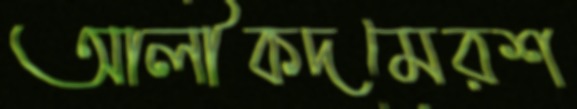
আলীকদমেরশ